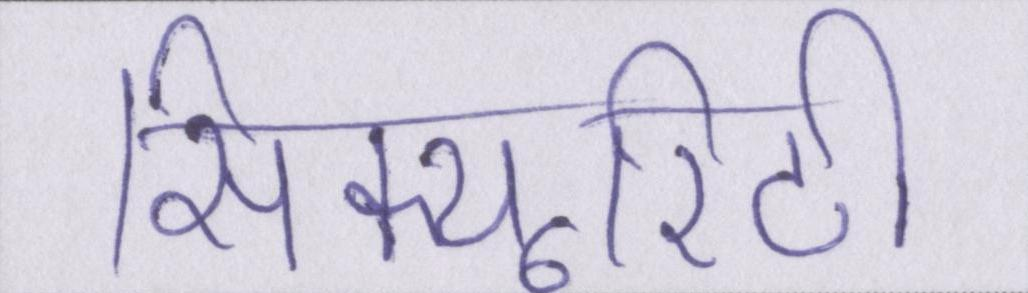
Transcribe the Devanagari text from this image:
सिक्यूरिटी